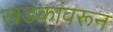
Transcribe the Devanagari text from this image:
खडकांवरून